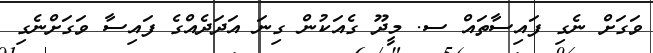
ވަގަށް ނެގި ފައިސާތައް ސ. މީދޫ ގެއަކުން ގިނަ އަދަދެއްގެ ފައިސާ ވަގަށްނެގި